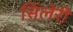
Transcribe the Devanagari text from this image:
सिलेरी